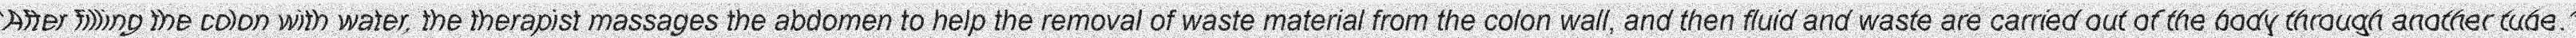
"After filling the colon with water, the therapist massages the abdomen to help the removal of waste material from the colon wall, and then fluid and waste are carried out of the body through another tube."